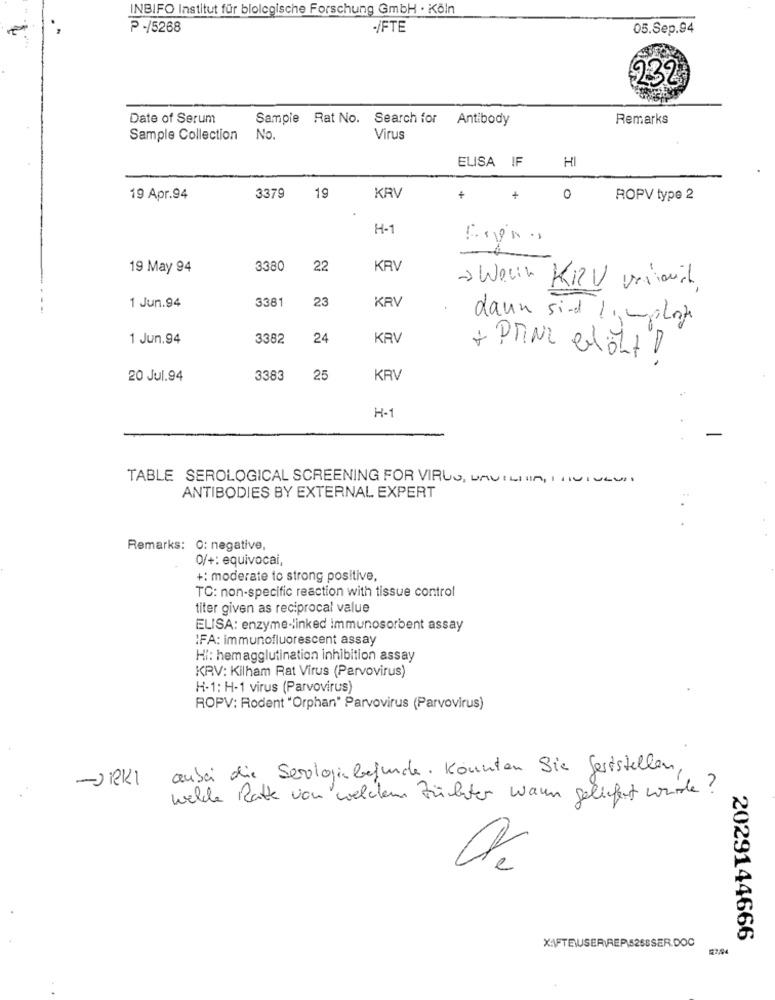
INBIFO Institut für biologische Forschung GmbH · Köln
P-/5268
-IFTE
05.Sep.94
232
Date of Serum
Sample Rat No. Search for Antibody
Remarks
Sample Collection No.
Virus
ELISA IF
HI
19 Apr.94
3379
19
KRV
+
+
0
ROPV type 2
H-1
19 May 94
3380
22
KRV
3381
23
1 Jun.94
KRV
dann sind 1implora
1 Jun.94
3382
24
KRV
+ PRINZ elÖL! !
20 Jul.94
3383
25
KRV
H-1
TABLE SEROLOGICAL SCREENING FOR VIRUS, BAVILIIA, ITUIULUI
ANTIBODIES BY EXTERNAL EXPERT
Remarks: 0: negative,
0/+: equivocai,
+: moderate to strong positive,
TO: non-specific reaction with tissue control
titer given as reciprocal value
ELISA: enzyme-linked immunosorbent assay
IFA: immunofluorescent assay
Hi: hemagglutination inhibition assay
KRV: Kilham Rat Virus (Parvovirus)
H-1: H-1 virus (Parvovirus)
ROPV: Rodent "Orphan" Parvovirus (Parvovirus)
anbei die Serologiebefunde. Könnten Sie Gertstellen,
-JIRKI
welle Ratte von welden Züchter wann geliefert wurde ?
2029144666
X:\FTEWUSER\REP.5268SER.DOC